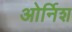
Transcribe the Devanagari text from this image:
ओर्निश